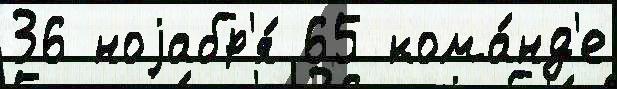
36 ноjабр'я́ 65 кома́нд'е